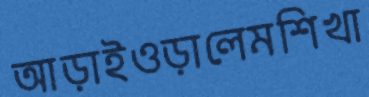
আড়াইওড়ালেমশিখা